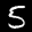
Label: 5